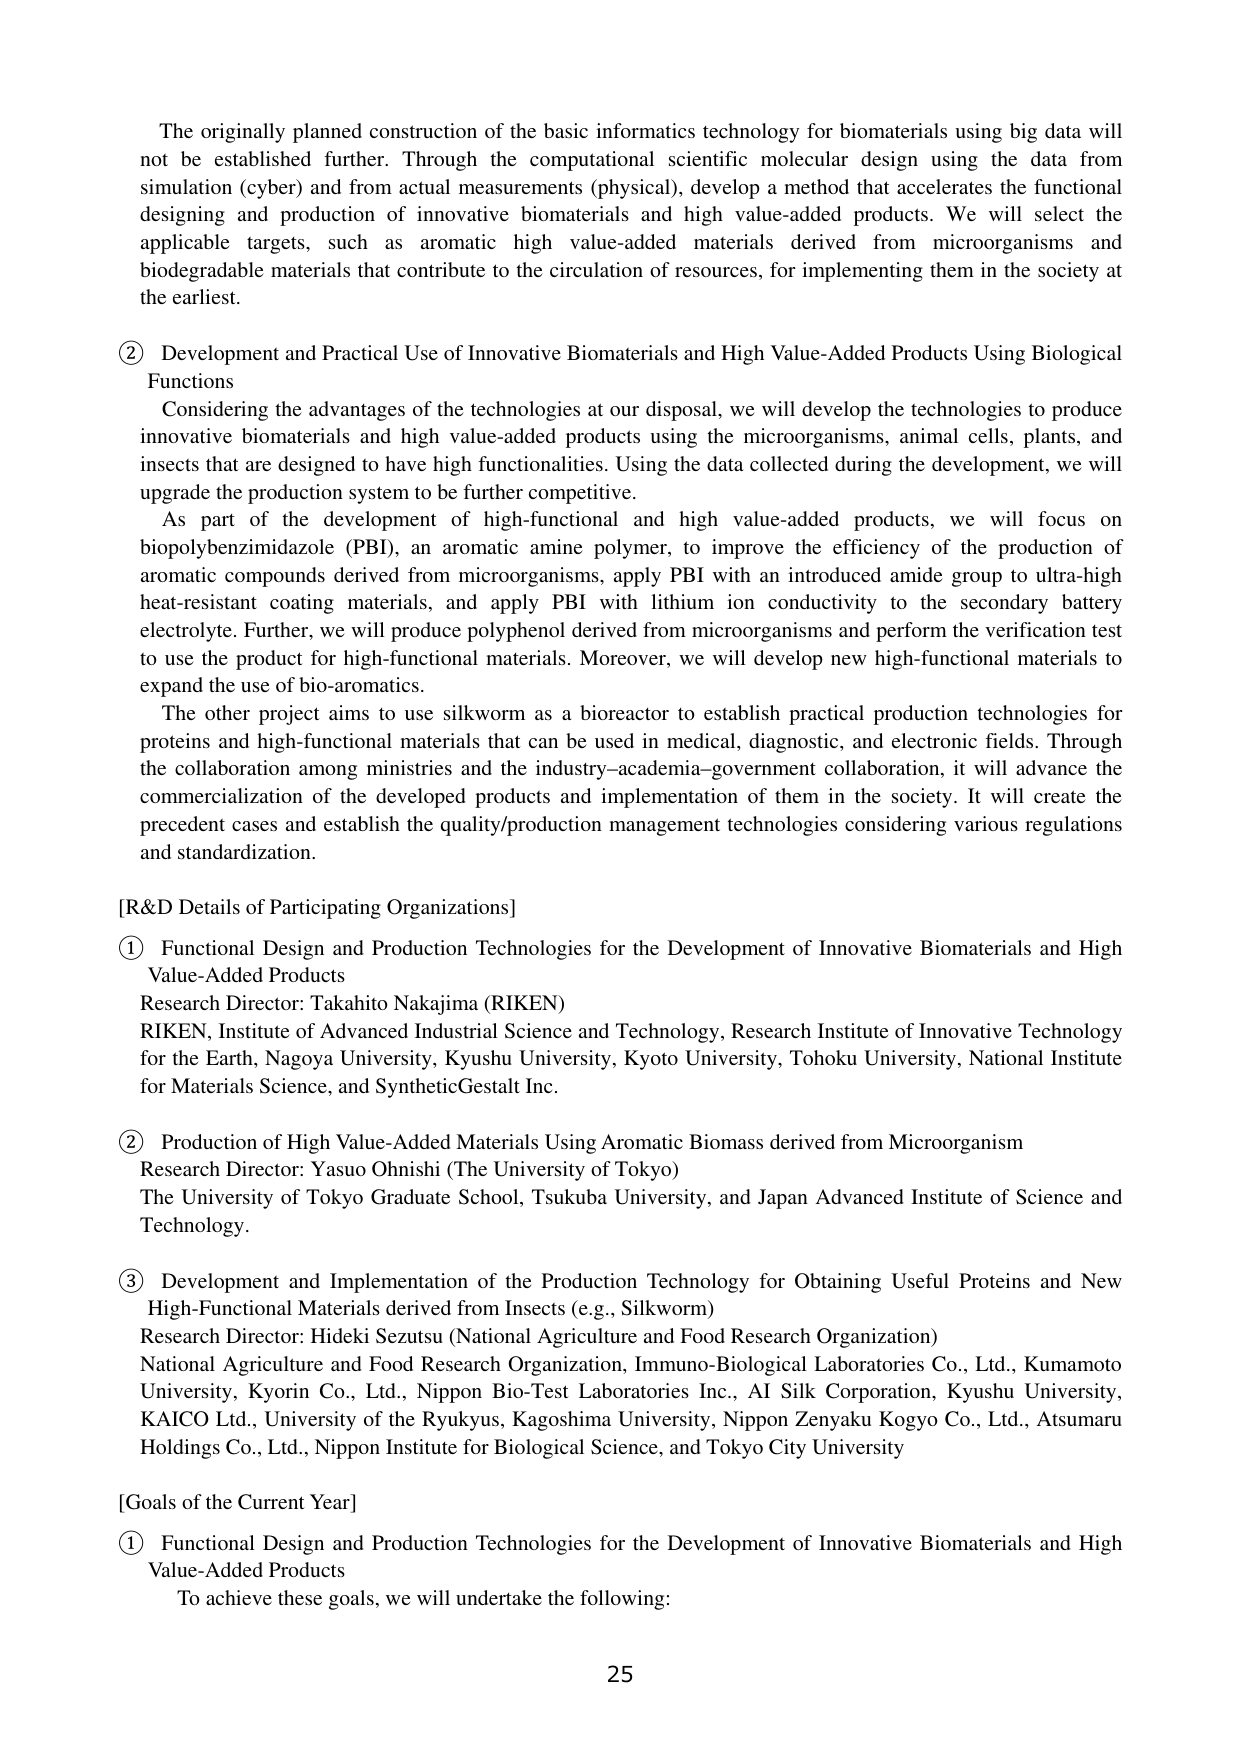
The originally planned construction of the basic informatics technology for biomaterials using big data will not be established further. Through the computational scientific molecular design using the data from simulation (cyber) and from actual measurements (physical), develop a method that accelerates the functional designing and production of innovative biomaterials and high value-added products. We will select the applicable targets, such as aromatic high value-added materials derived from microorganisms and biodegradable materials that contribute to the circulation of resources, for implementing them in the society at the earliest.

② Development and Practical Use of Innovative Biomaterials and High Value-Added Products Using Biological Functions
Considering the advantages of the technologies at our disposal, we will develop the technologies to produce innovative biomaterials and high value-added products using the microorganisms, animal cells, plants, and insects that are designed to have high functionalities. Using the data collected during the development, we will upgrade the production system to be further competitive.
As part of the development of high-functional and high value-added products, we will focus on biopolybenzimidazole (PBI), an aromatic amine polymer, to improve the efficiency of the production of aromatic compounds derived from microorganisms, apply PBI with an introduced amide group to ultra-high heat-resistant coating materials, and apply PBI with lithium ion conductivity to the secondary battery electrolyte. Further, we will produce polyphenol derived from microorganisms and perform the verification test to use the product for high-functional materials. Moreover, we will develop new high-functional materials to expand the use of bio-aromatics.
The other project aims to use silkworm as a bioreactor to establish practical production technologies for proteins and high-functional materials that can be used in medical, diagnostic, and electronic fields. Through the collaboration among ministries and the industry–academia–government collaboration, it will advance the commercialization of the developed products and implementation of them in the society. It will create the precedent cases and establish the quality/production management technologies considering various regulations and standardization.

[R&D Details of Participating Organizations]
① Functional Design and Production Technologies for the Development of Innovative Biomaterials and High Value-Added Products
Research Director: Takahito Nakajima (RIKEN)
RIKEN, Institute of Advanced Industrial Science and Technology, Research Institute of Innovative Technology for the Earth, Nagoya University, Kyushu University, Kyoto University, Tohoku University, National Institute for Materials Science, and SyntheticGestalt Inc.

② Production of High Value-Added Materials Using Aromatic Biomass derived from Microorganism
Research Director: Yasuo Ohnishi (The University of Tokyo)
The University of Tokyo Graduate School, Tsukuba University, and Japan Advanced Institute of Science and Technology.

③ Development and Implementation of the Production Technology for Obtaining Useful Proteins and New High-Functional Materials derived from Insects (e.g., Silkworm)
Research Director: Hideki Sezutsu (National Agriculture and Food Research Organization)
National Agriculture and Food Research Organization, Immuno-Biological Laboratories Co., Ltd., Kumamoto University, Kyorin Co., Ltd., Nippon Bio-Test Laboratories Inc., AI Silk Corporation, Kyushu University, KAICO Ltd., University of the Ryukyus, Kagoshima University, Nippon Zenyaku Kogyo Co., Ltd., Atsumaru Holdings Co., Ltd., Nippon Institute for Biological Science, and Tokyo City University

[Goals of the Current Year]
① Functional Design and Production Technologies for the Development of Innovative Biomaterials and High Value-Added Products
To achieve these goals, we will undertake the following:

25